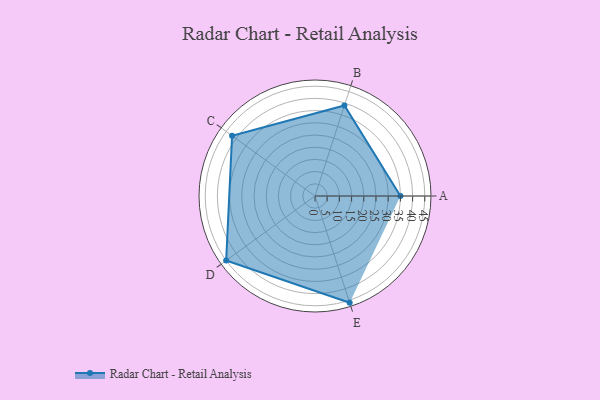
{"axis": {"x": "Skill", "y": "Score"}, "legend": ["Profile"], "data": [{"x": "A", "y": 35.0, "type": "Profile"}, {"x": "B", "y": 39.0, "type": "Profile"}, {"x": "C", "y": 42.0, "type": "Profile"}, {"x": "D", "y": 45.0, "type": "Profile"}, {"x": "E", "y": 46.0, "type": "Profile"}]}